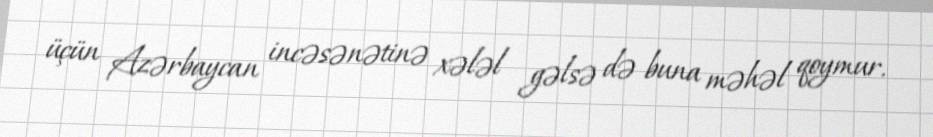
üçün Azərbaycan incəsənətinə xələl gəlsə də buna məhəl qoymur.